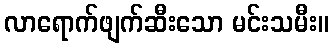
လာရောက်ဖျက်ဆီးသော မင်းသမီး။